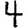
Digit: 4